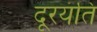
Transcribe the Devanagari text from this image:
दूरयंति